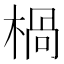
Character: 楇